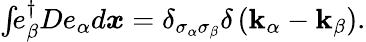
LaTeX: \begin{array}{r}{\int\! \! e_{\beta}^{\dagger}De_{\alpha}d\boldsymbol{x}=\delta_{\sigma_{\alpha}\sigma_{\beta}}\delta\left(\mathbf{k}_{\alpha}-\mathbf{k}_{\beta}\right).}\end{array}